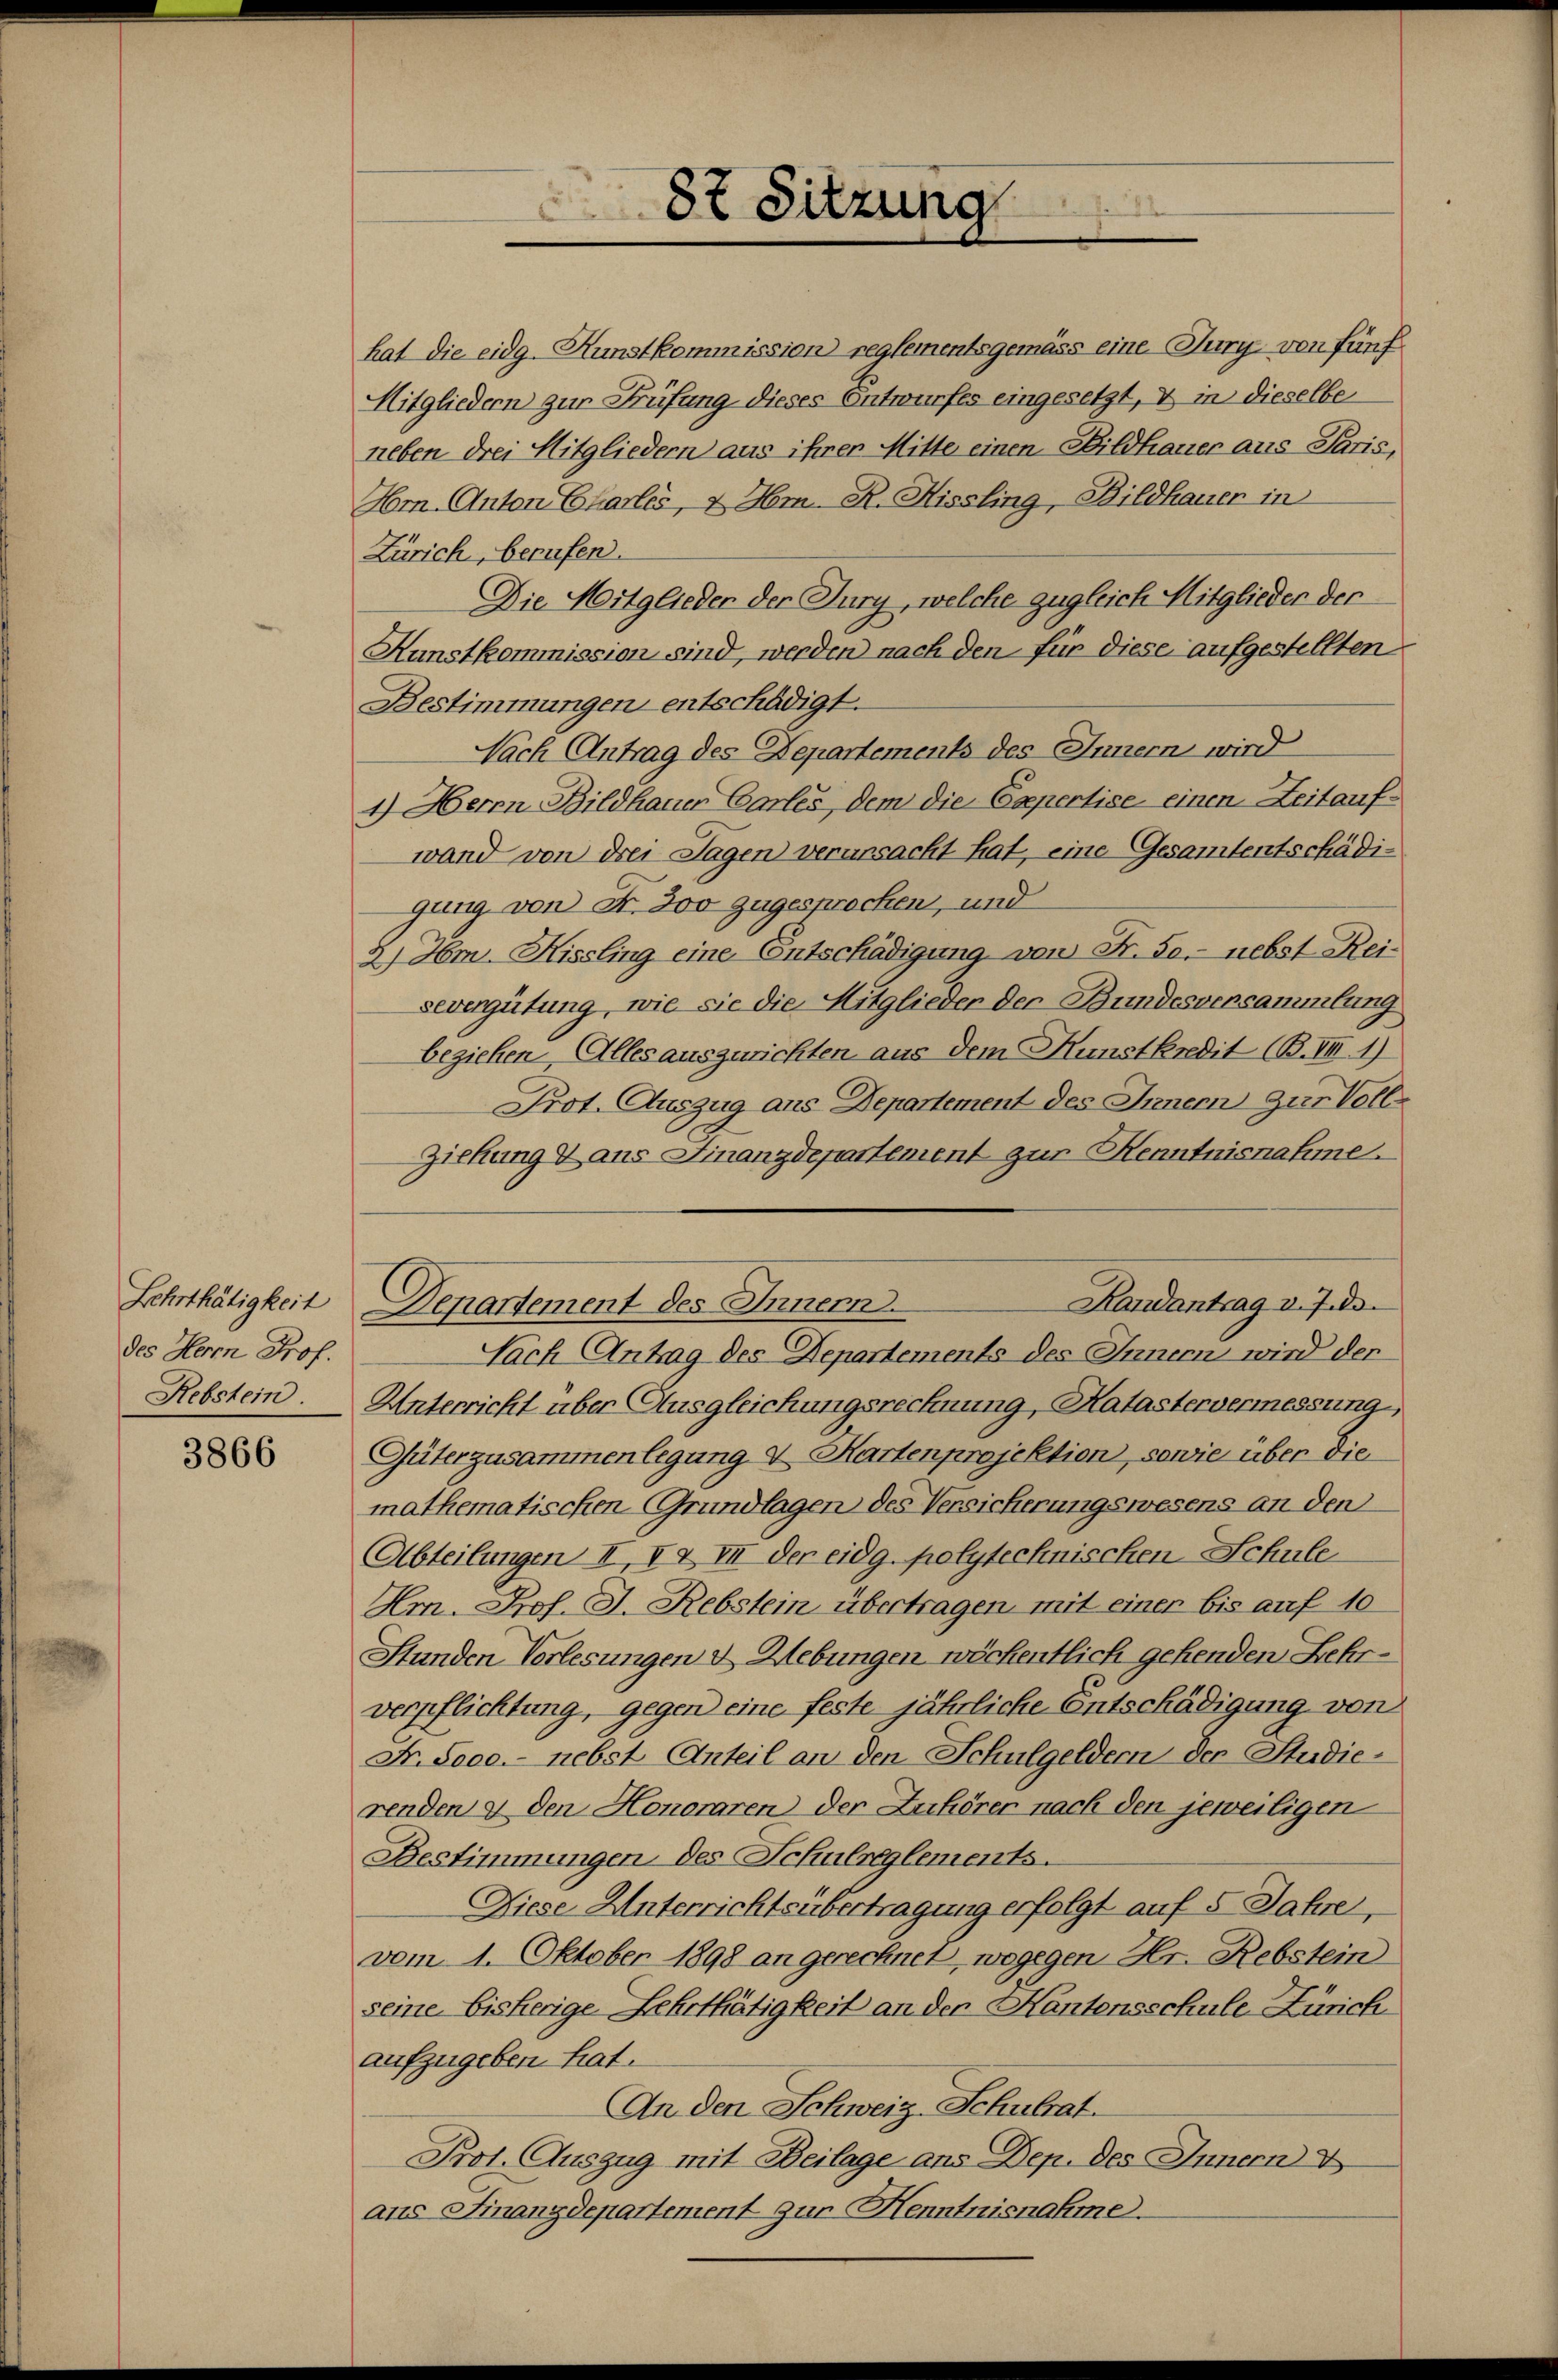
Lehrthätigkeit
des Herrn Prof.
Rebstein.

3866

87 Sitzung

Die Mitglieder der Jury, welche zugleich Mitglieder der
Kunstkommission sind, werden nach den für diese aufgestellten
Bestimmungen entschädigt.
Nach Antrag des Departements des Innern wird
4.) Herrn Bildhauer Cartes, dem die Capertise einen Zeitaufwand von drei Tagen verursacht hat, eine Gesamtentschädigung von Fr. 200 zugesprocken, und
2) Hm. Hissling eine Entschädigung von Fr. 50.- nebst Reisevergütung, wie sie die Mitglieder der Bundesversammlung
beziehen, Alles auszurichten aus dem Kunstkredit (B. III. 1)
Prot. Auszug aus Departement des Innern zur Voll¬
Ziehung & aus Finanzdepartement zur Kenntnisnahme.
Handantrag v. Js.
Denartement des Innern.
Nach Antrag des Departements des Innern wird der
Unterricht über Ausgleichungsrechnung, Hatastervermessung,
Güterzusammenlegung & Hartenprojektion, sowie über die
mathematischen Grundlagen des Versicherungswesens an den
Abteilungen II, XX III der eidg. polytechnischen Schule
Hr. Prof. J. Rebstein übertragen mit einer bis auf 10
Stunden Verlesungen & Uebungen wöchentlich gehenden Lehrverpflichtung, gegen eine feste jährliche Entschädigung von
Fr. Sooe.- nebst Anteil an den Schulgeldern der Studierenden & den Honoraren der Zuhörer nach den jeweiligen
Bestimmungen des Schulreglements.
Diese Unterrichtsübertragung erfolgt auf 5 Jahre,
vom 1. Oktober 1898 an gerechnet, wogegen Hr. Rebstein
seine bisherige Lehrthätigkeit an der Kantonsschule Zürich
aufzugeben hat.
An den Schweiz. Schulrat.
Prot. Auszug mit Beilage ans Dep. des Innern
aus Finanzdepartement zur Henntnisnahme.

hat die eidg. Kunstkommission reglementsgemäss eine Jury von fünf
Mitgliedern zur Prüfung dieses Entwurfes eingesetzt, & in dieselbe
neben drei Mitgliedern aus ihren Mitte einen Bildhauer aus Paris,
Hm. Anton Charlos, & Hm. R. Hissling, Bildhauen in
Zürich, berufen.